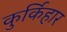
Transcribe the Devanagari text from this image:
कुर्किहार